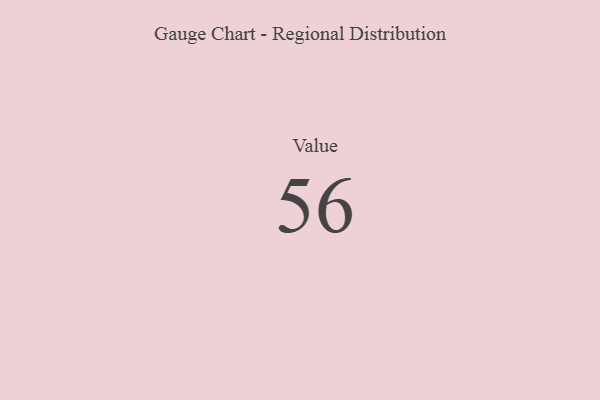
{"axis": {"x": "Metric", "y": "Value"}, "legend": [""], "data": [{"x": "Value", "y": 56, "type": ""}]}